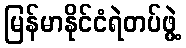
မြန်မာနိုင်ငံရဲတပ်ဖွဲ့